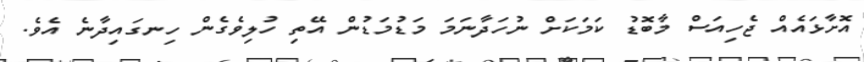
އޮށާޅައެއް ޖެހިއަސް މާބޮޑު ކަމަކަށް ނުހަދާނަމަ މަޑުމަޑުން އޭތި ހުލިވެގެން ހިނގައިދާނެ އެވެ.